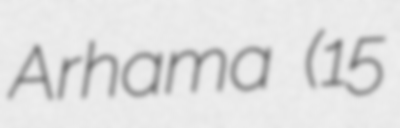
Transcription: Arhama (15